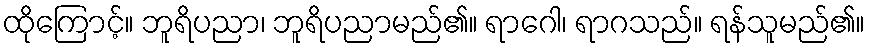
ထိုကြောင့်။ ဘူရိပညာ၊ ဘူရိပညာမည်၏။ ရာဂေါ၊ ရာဂသည်။ ရန်သူမည်၏။